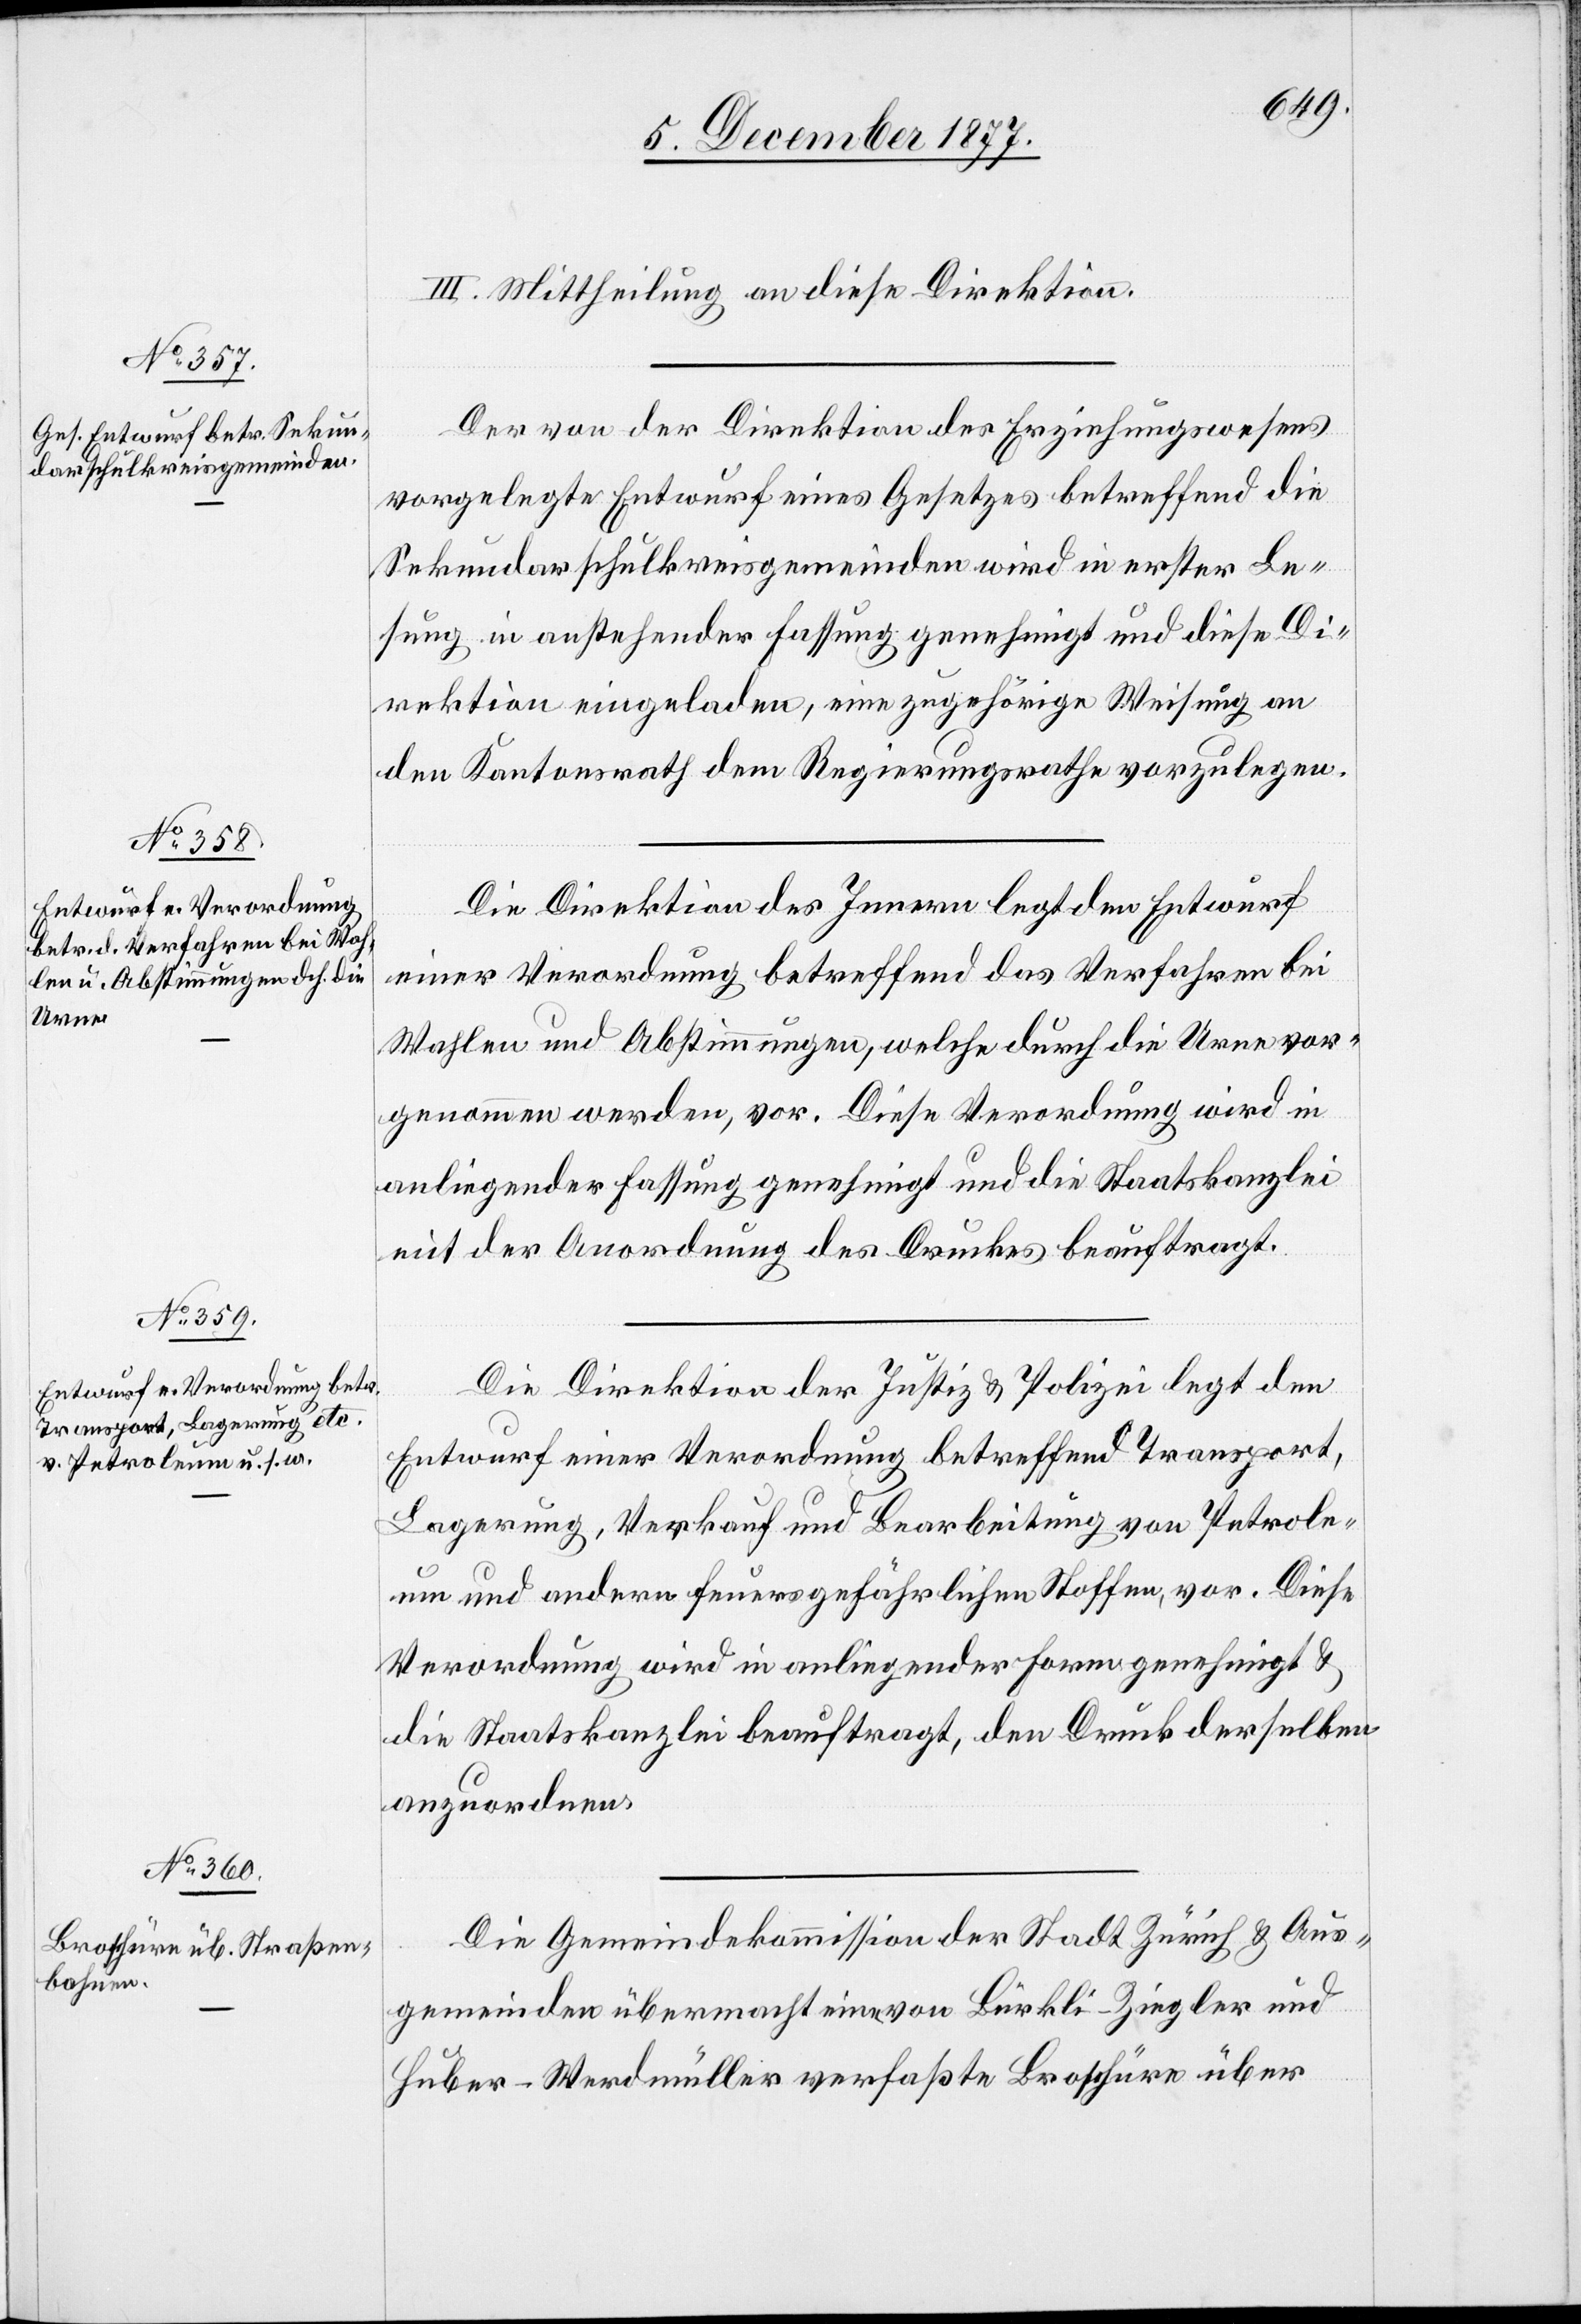
III. Mittheilung an diese Direktion.
Der von der Direktion des Erziehungswesens
vorgelegte Entwurf eines Gesetzes betreffend die
Sekundarschulkreisgemeinden wird in erster Le¬
sung in anstehender Fassung genehmigt und diese Di¬
rektion eingeladen, eine zugehörige Weisung an
den Kantonsrath dem Regierungsrathe vorzulegen.
Die Direktion des Innern legt den Entwurf
einer Verordnung betreffend das Verfahren bei
Wahlen und Abstimmungen, welche durch die Urne vor¬
genommen werden, vor. Diese Verordnung wird in
anliegender Fassung genehmigt und die Staatskanzlei
mit der Anordnung des Druckes beauftragt.
Die Direktion der Justiz & Polizei legt den
Entwurf einer Verordnung betreffend Transport,
Lagerung, Verkauf und Bearbeitung von Petrole¬
um und andern feuersgefährlichen Stoffen, vor. Diese
Verordnung wird in anliegender Form genehmigt &
die Staatskanzlei beauftragt, den Druck derselben
anzuordnen.
Die Gemeindekommission der Stadt Zürich & Aus¬
gemeinden übermacht eine von Bürkli-Ziegler und
Huber-Werdmüller verfaßte Broschüre über